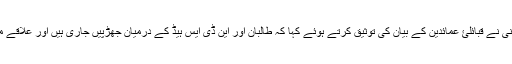
ایک صوبائی کونسل کے ممبر داداللہ قانی نے قبائلئ عمائدین کے بیان کی توثیق کرتے ہوئے کہا کہ طالبان اور این ڈی ایس ہیڈ کے درمیان جھڑپیں جاری ہیں اور علاقے میں فائرنگ اور بم کی آوازیں سنی گئیں۔